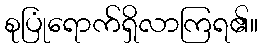
စုပြုံရောက်ရှိလာကြရ၏။